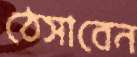
ঠেসাবেন